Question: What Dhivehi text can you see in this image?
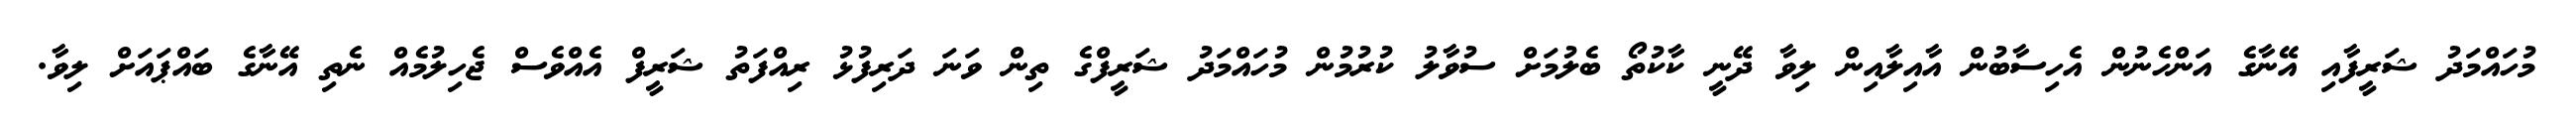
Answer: މުހައްމަދު ޝަރީފާއި އޭނާގެ އަންހެނުން އެހިސާބުން އާއިލާއިން ލިވާ ދޭނީ ކާކުތޯ ބެލުމަށް ސުވާލު ކުރުމުން މުހައްމަދު ޝަރީފްގެ ތިން ވަނަ ދަރިފުޅު ރިއްފަތު ޝަރީފް އެއްވެސް ޖެހިލުމެއް ނެތި އޭނާގެ ބައްޕައަށް ލިވާ.